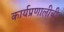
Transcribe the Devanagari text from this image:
कार्यप्रणालीची